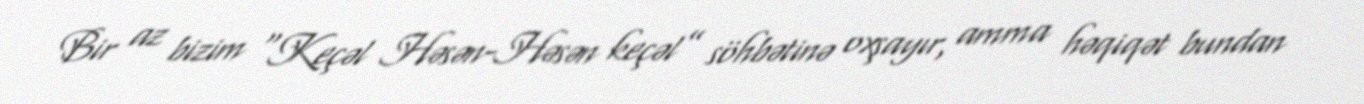
Bir az bizim “Keçəl Həsən-Həsən keçəl” söhbətinə oxşayır, amma həqiqət bundan